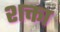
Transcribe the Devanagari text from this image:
शक्ता